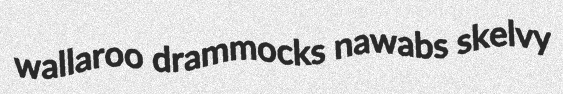
wallaroo drammocks nawabs skelvy